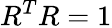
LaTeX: R^{T}R=1